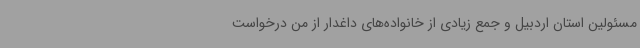
مسئولین استان اردبیل و جمع زیادی از خانواده‌های داغدار از من درخواست